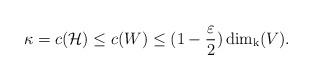
LaTeX: \begin{align*}\kappa=c(\mathcal{H})\leq c(W)\leq(1-\frac{\varepsilon}{2})\dim_{\mathrm{k}}(V).\end{align*}